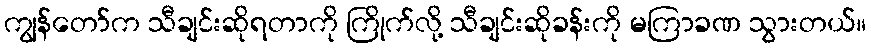
ကျွန်တော်က သီချင်းဆိုရတာကို ကြိုက်လို့ သီချင်းဆိုခန်းကို မကြာခဏ သွားတယ်။